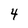
Character: 4